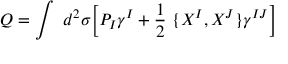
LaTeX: Q = \int ~ d ^ { 2 } \sigma \biggl [ P _ { I } \gamma ^ { I } + \frac { 1 } { 2 } ~ \lbrace X ^ { I } , X ^ { J } \rbrace \gamma ^ { I J } \biggr ]